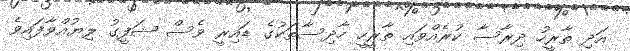
އަދި ތާރީހު ދިރާސާ ކުރެއްވައި ތާރީހީ ހާދިސާތަކުގެ ޑައިރީ ވެސް ޝަފީގު ލިޔުއްވާފައިވެ